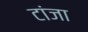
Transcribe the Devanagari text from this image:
टांजा